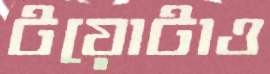
টয়োটাও